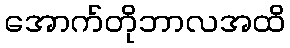
အောက်တိုဘာလအထိ